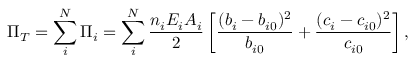
\Pi _ { T } = \sum _ { i } ^ { N } \Pi _ { i } = \sum _ { i } ^ { N } \frac { n _ { i } E _ { i } A _ { i } } 2 \left[ \frac { ( b _ { i } - b _ { i 0 } ) ^ { 2 } } { b _ { i 0 } } + \frac { ( c _ { i } - c _ { i 0 } ) ^ { 2 } } { c _ { i 0 } } \right] ,